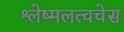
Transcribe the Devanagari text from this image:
श्लेष्मलत्वचेस